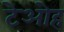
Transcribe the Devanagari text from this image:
टेओह